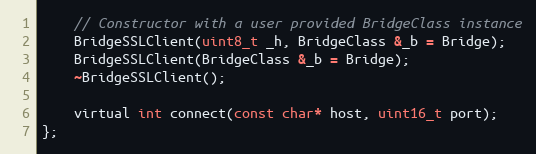
Language: C
    // Constructor with a user provided BridgeClass instance
    BridgeSSLClient(uint8_t _h, BridgeClass &_b = Bridge);
    BridgeSSLClient(BridgeClass &_b = Bridge);
    ~BridgeSSLClient();

    virtual int connect(const char* host, uint16_t port);
};